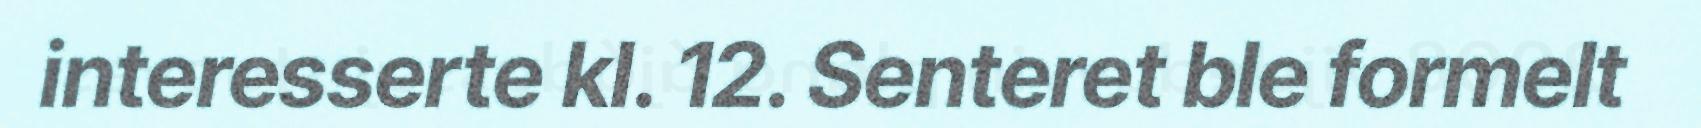
interesserte kl. 12. Senteret ble formelt